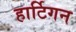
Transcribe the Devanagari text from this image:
हार्टिगन